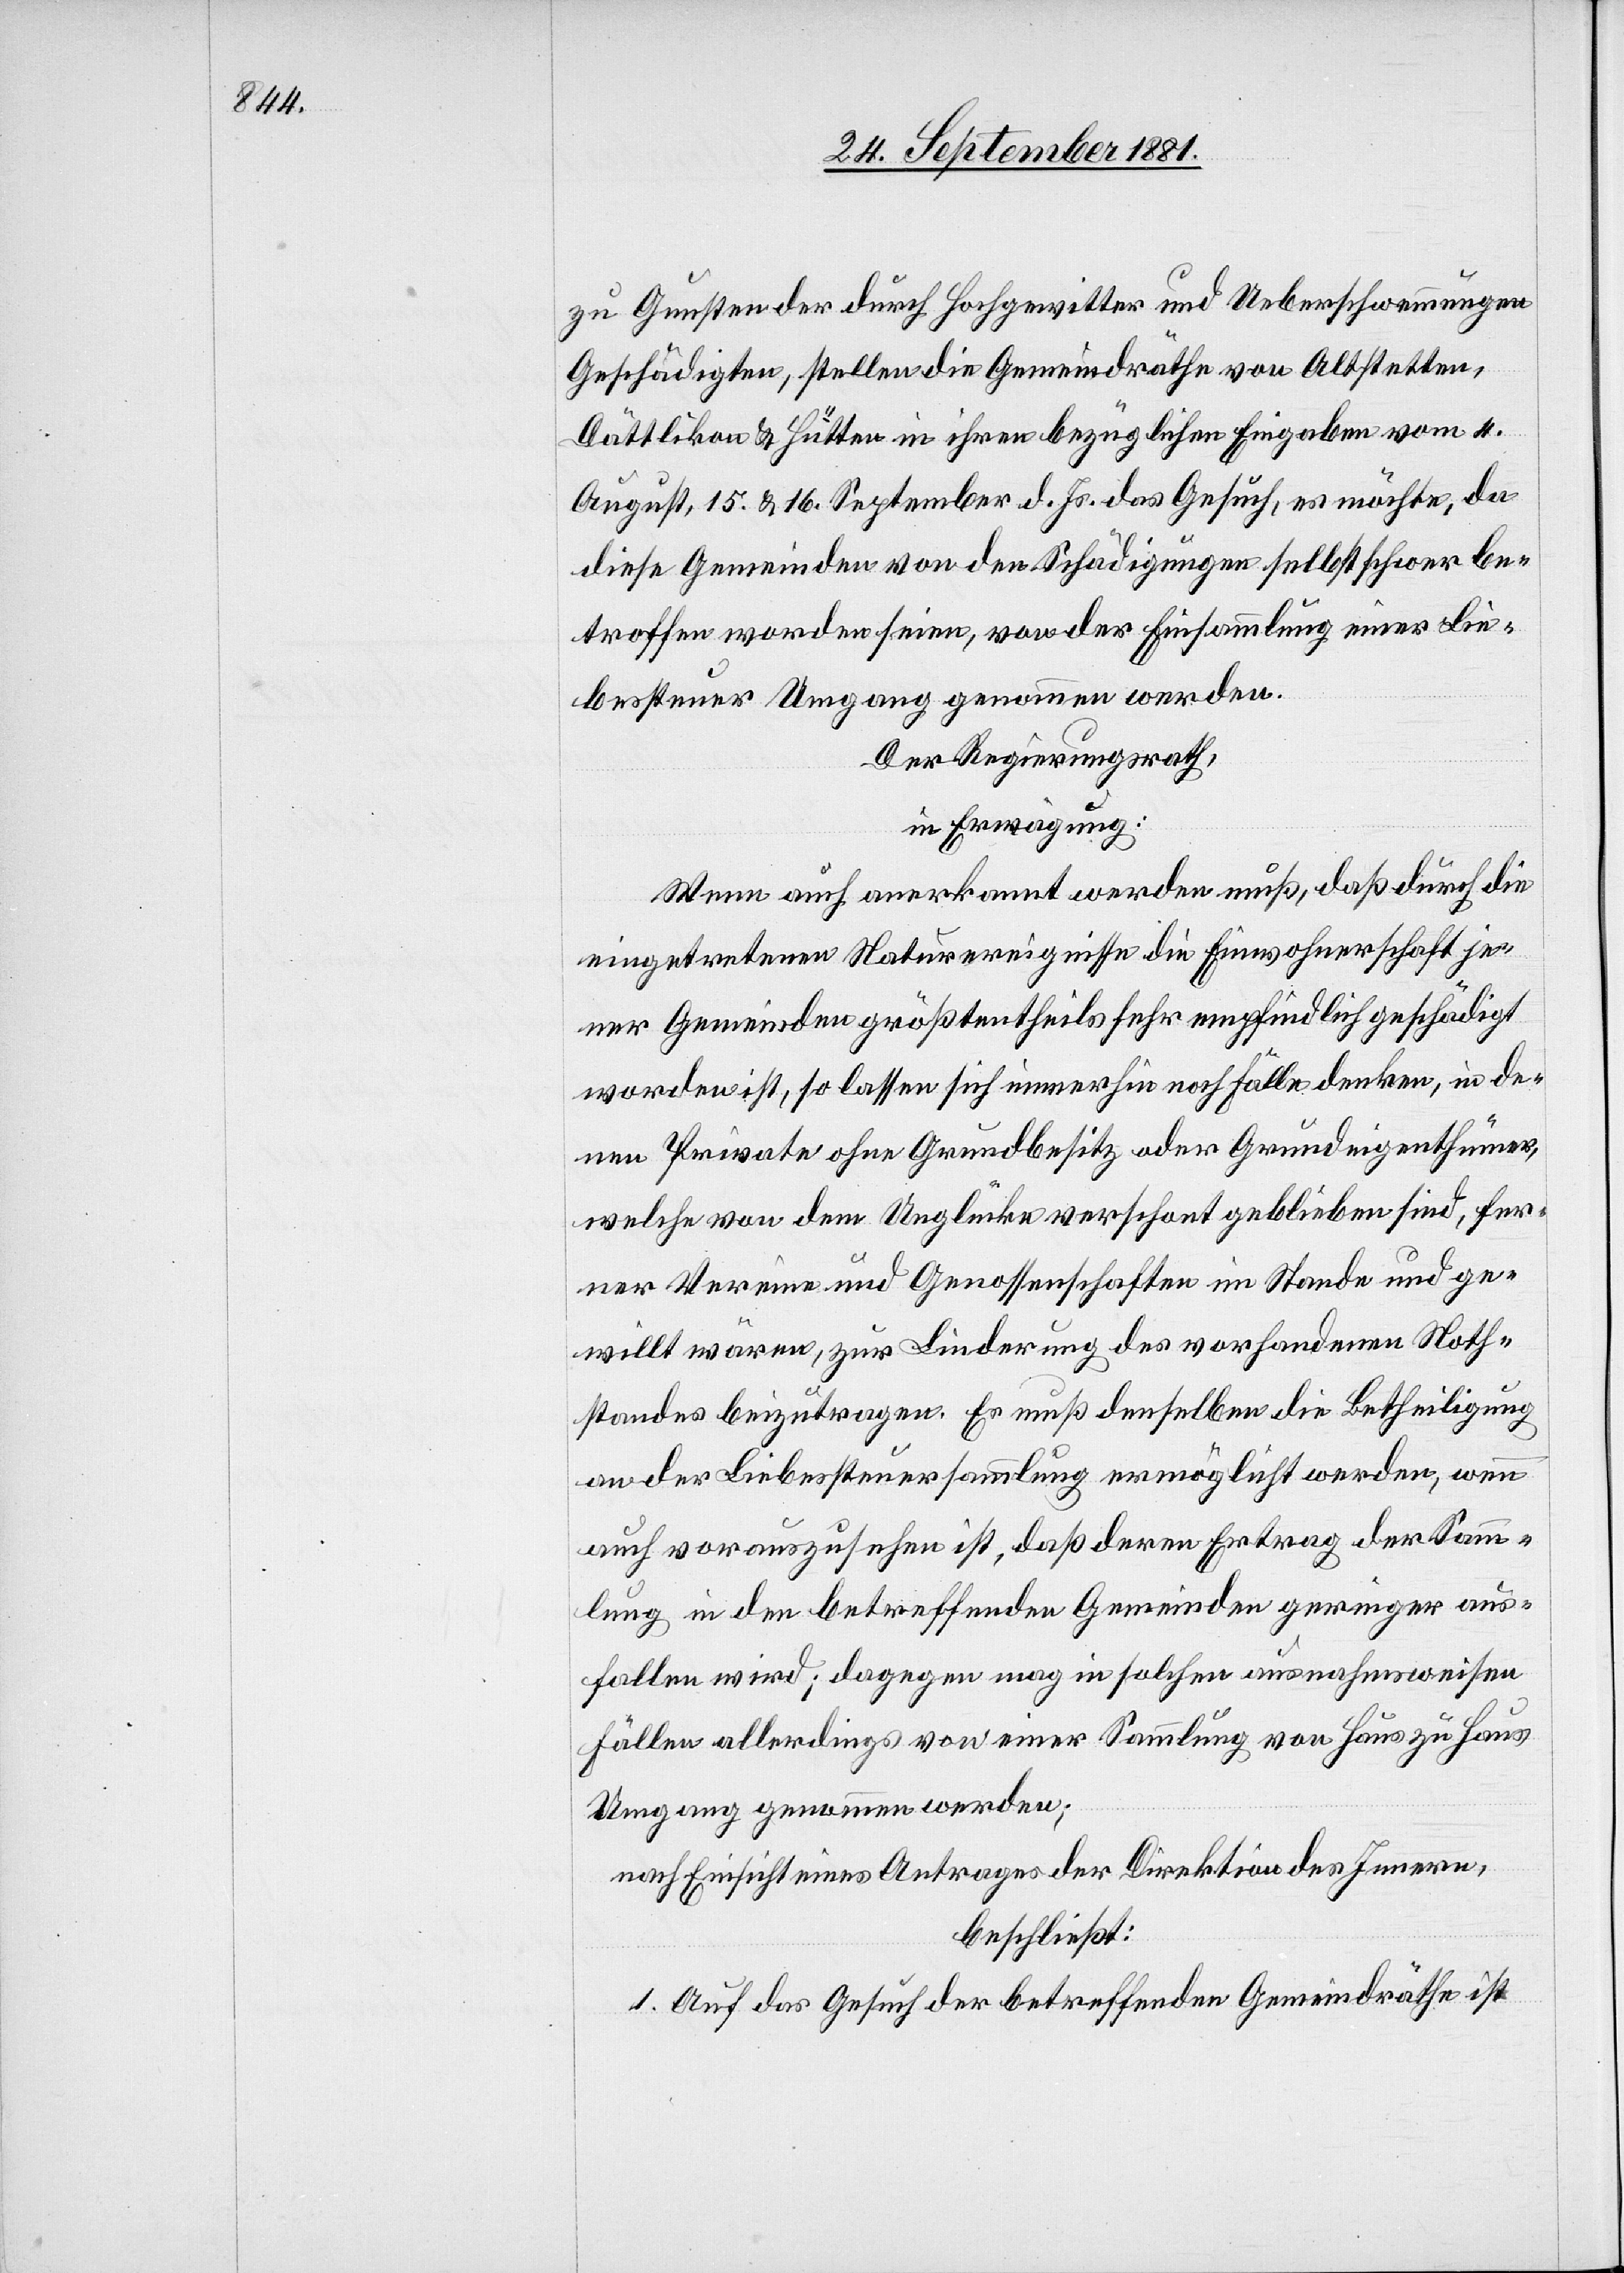
zu Gunsten durch Hochgewitter und Ueberschwemmungen
Geschädigten, stellen die Gemeindräthe von Altstetten,
Dättlikon & Hütten in ihren bezüglichen Eingaben vom 4.
August, 15. & 16. September d. Js. das Gesuch, es möchte, da
diese Gemeinden von den Schädigungen selbst schwer be¬
troffen worden seien, von der Einsammlung einer Lie¬
bessteuer Umgang genommen werden.
Der Regierungsrath,
in Erwägung:
Wenn auch anerkannt werden muß, daß durch die
eingetretenen Naturereignisse die Einwohnerschaft je¬
ner Gemeinden größtentheils sehr empfindlich geschädigt
worden ist, so lassen sich immerhin noch Fälle denken, in de¬
nen Private ohne Grundbesitz oder Grundeigenthümer,
welche von dem Unglücke verschont geblieben sind, fer¬
ner Vereine und Genossenschaften im Stande und ge¬
willt wären, zur Linderung des vorhandenen Noth¬
standes beizutragen. Es muß denselben die Betheiligung
an der Liebessteuersammlung ermöglicht werden, wenn
auch vorauszusehen ist, daß deren Ertrag der Samm¬
lung in den betreffenden Gemeinden geringer aus¬
fallen wird; dagegen mag in solchen ausnahmsweisen
Fällen allerdings von einer Sammlung von Haus zu Haus
Umgang genommen werden;
nach Einsicht eines Antrages der Direktion des Innern,
beschließt:
1. Auf das Gesuch der betreffenden Gemeindräthe ist